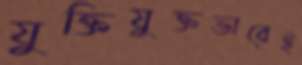
যুক্তিযুক্তভাবেই